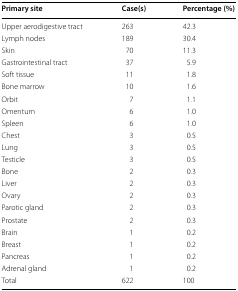
<table><thead><tr><td><b>Primary site</b></td><td><b>Case(s)</b></td><td><b>Percentage (%)</b></td></tr></thead><tbody><tr><td>Upper aerodigestive tract</td><td>263</td><td>42.3</td></tr><tr><td>Lymph nodes</td><td>189</td><td>30.4</td></tr><tr><td>Skin</td><td>70</td><td>11.3</td></tr><tr><td>Gastrointestinal tract</td><td>37</td><td>5.9</td></tr><tr><td>Soft tissue</td><td>11</td><td>1.8</td></tr><tr><td>Bone marrow</td><td>10</td><td>1.6</td></tr><tr><td>Orbit</td><td>7</td><td>1.1</td></tr><tr><td>Omentum</td><td>6</td><td>1.0</td></tr><tr><td>Spleen</td><td>6</td><td>1.0</td></tr><tr><td>Chest</td><td>3</td><td>0.5</td></tr><tr><td>Lung</td><td>3</td><td>0.5</td></tr><tr><td>Testicle</td><td>3</td><td>0.5</td></tr><tr><td>Bone</td><td>2</td><td>0.3</td></tr><tr><td>Liver</td><td>2</td><td>0.3</td></tr><tr><td>Ovary</td><td>2</td><td>0.3</td></tr><tr><td>Parotic gland</td><td>2</td><td>0.3</td></tr><tr><td>Prostate</td><td>2</td><td>0.3</td></tr><tr><td>Brain</td><td>1</td><td>0.2</td></tr><tr><td>Breast</td><td>1</td><td>0.2</td></tr><tr><td>Pancreas</td><td>1</td><td>0.2</td></tr><tr><td>Adrenal gland</td><td>1</td><td>0.2</td></tr><tr><td>Total</td><td>622</td><td>100</td></tr></tbody></table>